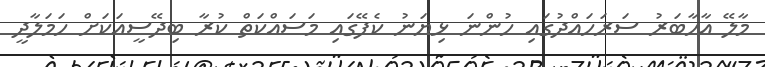
މާލޭ އާހާބަރު ސަރަހައްދުގައި ހުންނަ ޅިޔަނު ކެފޭގައި މަސައްކަތް ކުރާ ބިދޭސީއަކަށް ހަމަލާދީ